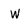
Character: w